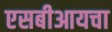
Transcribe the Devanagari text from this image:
एसबीआयचा